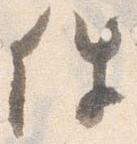
件